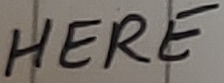
Text: HERE